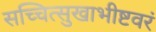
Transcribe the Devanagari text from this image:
सच्चित्सुखाभीष्टवरं